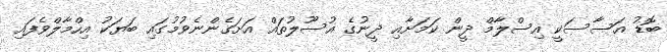
ބޮޑު އަސާސަކީ އިސްލާމް ދީން ކަމަށާއި ދީނުގެ އުސޫލުތައް އަށަގެންނެވުމުގައި ބަޔަކު އިހްމާލްވެފައި